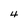
Character: 4